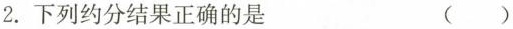
2.下列约分结果正确的是（）